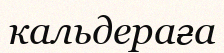
кальдераға